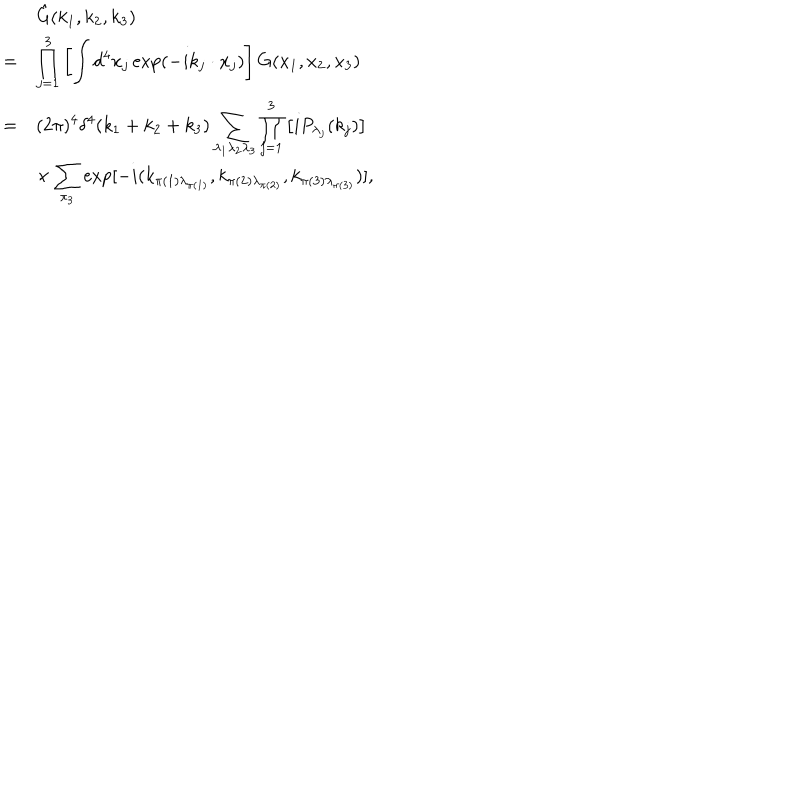
\begin{array} { r l } { { } } & { { \hat { G } ( k _ { 1 } , k _ { 2 } , k _ { 3 } ) } } \\ { { = } } & { { \displaystyle \prod _ { j = 1 } ^ { 3 } \left[ \int d ^ { 4 } x _ { j } \exp ( - i k _ { j } \cdot x _ { j } ) \right] G ( x _ { 1 } , x _ { 2 } , x _ { 3 } ) } } \\ { { = } } & { { \displaystyle ( 2 \pi ) ^ { 4 } \delta ^ { 4 } ( k _ { 1 } + k _ { 2 } + k _ { 3 } ) \sum _ { \lambda _ { 1 } \lambda _ { 2 } \lambda _ { 3 } } \prod _ { j = 1 } ^ { 3 } \left[ i P _ { \lambda _ { j } } ( k _ { j } ) \right] } } \\ { { } } & { { \displaystyle \times \sum _ { \pi _ { 3 } } \exp [ - i ( k _ { \pi ( 1 ) \lambda _ { \pi ( 1 ) } } , k _ { \pi ( 2 ) \lambda _ { \pi ( 2 ) } } , k _ { \pi ( 3 ) \lambda _ { \pi ( 3 ) } } ) ] , } } \\ \end{array}